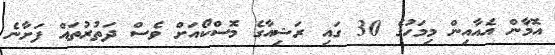
އޮމާން އެއާއިން މިމަހުގެ 30 ގައި ރަޝިއާގެ މޮސްކޯއަށް ވެސް ދަތުރުތައް ފަށާނެ